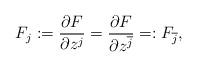
LaTeX: \begin{align*} F_j:=\frac{\partial F}{\partial z^j}=\frac{\partial F}{\partial z^{\overline{j}}}=:F_{\overline{j}},\end{align*}